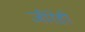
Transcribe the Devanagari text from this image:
जीरेही